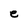
Character: e